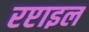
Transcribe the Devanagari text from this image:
रप्टाइल